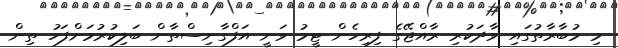
މި މުބާރާތުގައި ވާދަކުރި ރާއްޖޭގެ ފިރިހެން ޓީމު ވަނީ އަފްގާނިސްތާން ބަލިކުރުމަށްފަހު ތިން